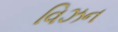
વિઝન